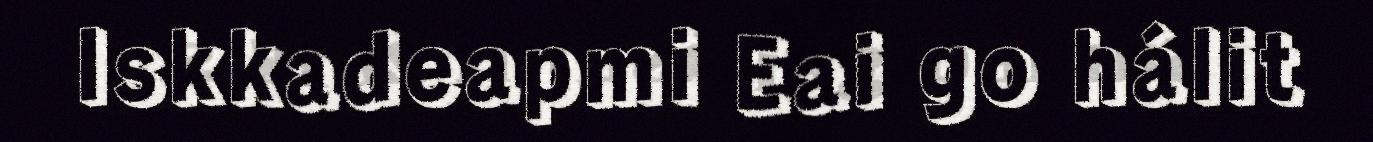
Iskkadeapmi Eai go hálit